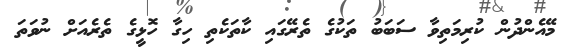
މޭއެންދުން ކުރިމަތިވާ ސަބަބު ތަކުގެ ތެރޭގައި ކާތަކެތި ހިގާ ހޮޅީގެ ތެރެއަށް ނުވަތަ